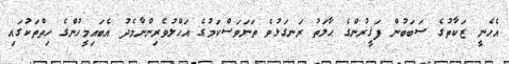
އެހެނީ ޒަކާތުގެ ސަބަބުން ފަޤީރުންގެ ޙާލަތު ރަނގަޅުވެ ތަނަވަސްކަމުގެ އަހްލުވެރިންނާމެދު އެބައިމީހުންގެ ހިތްތަކުގައި